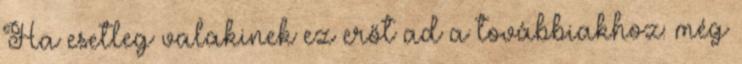
Ha esetleg valakinek ez erőt ad a továbbiakhoz: még